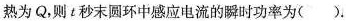
热为 Q ，则t秒末圆环中感应电流的瞬时功率为 ( ).